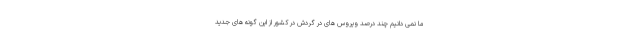
ما نمی دانیم چند درصد ویروس های در گردش در کشور از این گونه های جدید